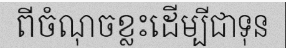
ពីចំណុចខ្លះដើម្បីជាទុន